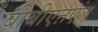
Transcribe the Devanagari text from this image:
बीबीएऩएल